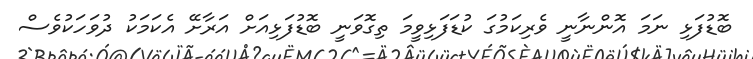
ބޮޑުފަޅި ނަމަ އޮންނާނީ ވެރިކަމުގަ ކުޑަފަޅިވީމަ ތިގޮވަނީ ބޮޑުފަޅިއަށް އަރާށޭ އެކަމަކު ދުވަހަކުވެސް